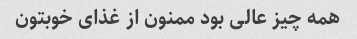
همه چیز عالی بود ممنون از غذای خوبتون